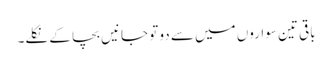
باقی تین سواروں میں سے دو تو جانیں بچا کے نکلے۔